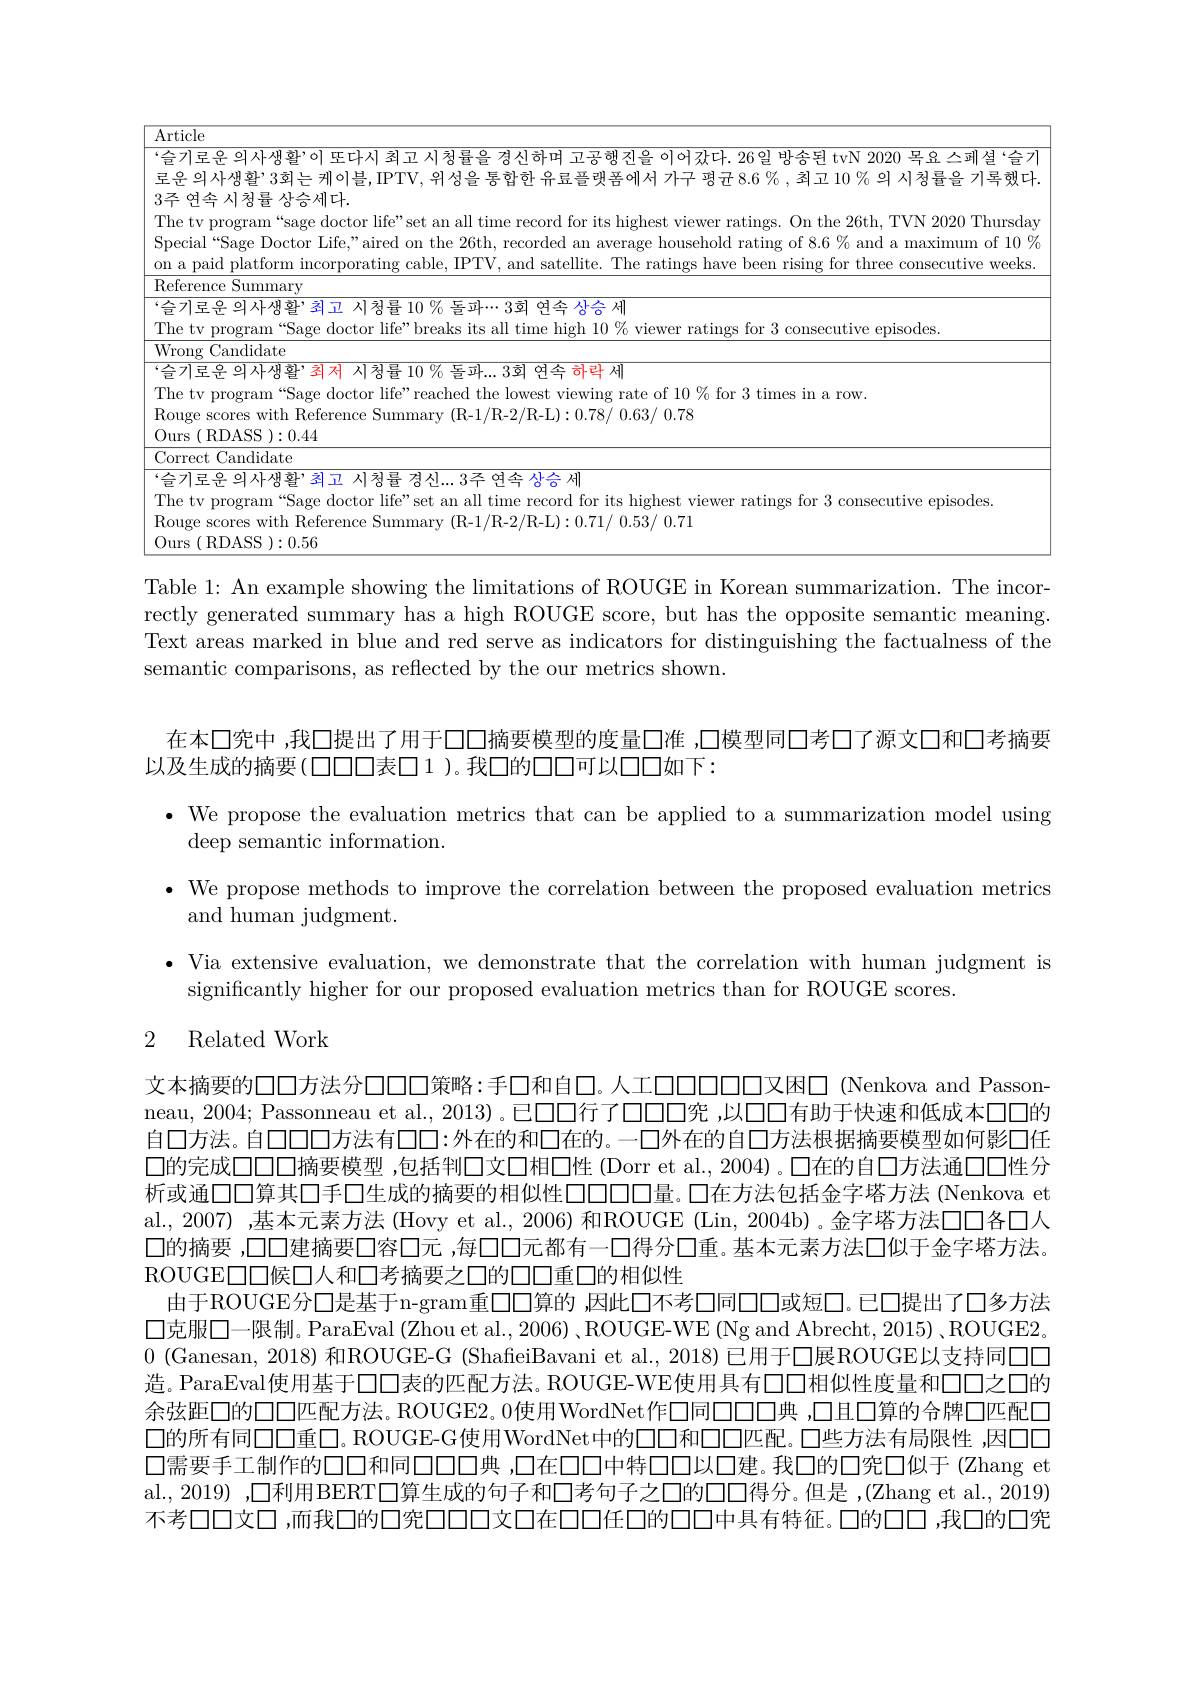
<table>
	<tbody>
		<tr>
			<td>$\overline{A}$ $\frac{1}{2}=\frac{1}{2}$ </td>
			<td> </td>
		</tr>
		<tr>
			<td>6 $j$ E</td>
			<td> </td>
		</tr>
		<tr>
			<td>3. TI $SF$ 0n T</td>
			<td>18范 ४ंन्क गाम $\mathrm{\delta age~Doctor~Life,"aired~on~the~26th,~recorded~an~average~household~rating~of~8.6~\%~and~a~maximum~of~10~}^{\mathrm{o}}$ ogram“sage doctor life”set an all time record for its highest viewer ratings. On the 26th, TVN 2020 Thursda platform incorporating cable, IPTV, and satellite. The ratings have been rising for three consecutive weeks</td>
		</tr>
		<tr>
			<td>TI $R\alpha$ 0.</td>
			<td>.의사생활,최저 시청률 $10\%$ 돌과...3회 연속 하락 세 ogram“Sage doctor life”reached the lowest viewing rate of 10 % for 3 times in a row. ores with Reference Summary (R-1/R-2/R-L):0.78/0.63/0.78 OASS ):0.44</td>
		</tr>
		<tr>
			<td>TI $R\alpha$ 0</td>
			<td>의사생활,최고 시청률 경신...3주연속 상승 세 ogram “Sage doctor life”set an all time record for its highest viewer ratings for 3 consecutive episodes ores with Reference Summary (R-1/R-2/R-L):0.71/0.53/0.71 )ASS ):0.56</td>
		</tr>
	</tbody>
</table>

Table 1: An example showing the limitations of ROUGE in Korean summarization. The incorrectly generated summary has a high ROUGE score, but has the opposite semantic meaning. Text areas marked in blue and red serve as indicators for distinguishing the factualness of the semantic comparisons, as reflected by the our metrics shown.

在本口究中 ,我口提出了用于口口摘要模型的度量口准 ,口模型同口考口了源文口和口考摘要
以及生成的摘要(口口口表口1 )。我口的口口可以口口如下：

· We propose the evaluation metrics that can be applied to a summarization model using
$\operatorname{deep}{\mathrm{semantic~information}}.$

$\bullet$ We propose methods to improve the correlation between the proposed evaluation metrics
and human judgment.

$\bullet$ Via extensive evaluation, we demonstrate that the correlation with human judgment is
significantly higher for our proposed evaluation metrics than for ROUGE scores.

# 2 Related Work

文本摘要的口口方法分口口口策略：手口和自口。人工口口口口口又困口 (Nenkova and Passonneau, 2004; Passonneau et al., 2013) 。已口口行了口口口密 ,以口口有助于快速和低成本口口的自口方法。自口口口方法有口口：外在的和口在的。一口外在的自口方法根据摘要模型如何影口任口的完成口口口摘要模型 ,包括判口文口相口性 (Dorr et al., 2004)。口在的自口方法通口口性分析或通口口算其口手口生成的摘要的相似性口口口口量。口在方法包括金字塔方法 (Nenkova et al., 2007) ,基本元素方法 (Hovy et al., 2006) 和ROUGE (Lin, 2004b) 。金字塔方法口口各口人$\square$的摘要 ,口口建摘要口容口元 ,每口口元都有一口得分口重。基本元素方法口似于金字塔方法。ROUGE□□候□人和□考摘要之口的口口重口的相似性
由于ROUGE分口是基于n-gram重口口算的 ,因此口不考口同口口或短口。已口提出了口多方法$\square$克服口一限制。ParaEval (Zhou et al., 2006)、ROUGE-WE (Ng and Abrecht, 2015) , ROUGE2。0 ( Ganesan, 2018) 和 ROUGE- G ( ShafieiBavani et al. , 2018) 已 用 于 口 展 ROUGE以 支 持 同 口 口 造。ParaEval使用基于口口表的匹配方法。ROUGE-WE使用具有□□相似性度量和□□之□的余弦距口的口口匹配方法。ROUGE2。0使用WordNet作口同口口口典，口且口算的合牌口匹配厂口的所有同口口重口。ROUGE-G使用WordNet中的口口和口口匹配。口些方法有局限性 ,因口口口需要手工制作的口口和同口口口典 ,口在口口中特口口以口建。我口的口究口似于 (Zhang et al., 2019) ,口利用BERT□算生成的句子和□考句子之口的口口得分。但是 ,(Zhang et al., 2019) 不考口口文口，而我口的口宪口口口文口在口口任口的口口中具有特征。口的口口，我口的口究